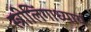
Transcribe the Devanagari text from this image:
स्त्रीलिंगाध्याय